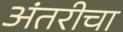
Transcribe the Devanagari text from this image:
अंतरीचा